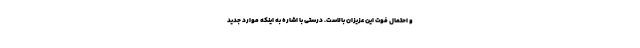
و احتمال فوت این عزیزان بالاست. درستی با اشاره به اینکه موارد جدید